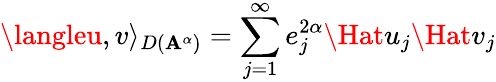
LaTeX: \langleu,v\rangle_{D(\mathbf{A}^{\alpha})}=\sum_{j=1}^{\infty}e_{j}^{2\alpha}\Hat{u}_{j}\Hat{v}_{j}